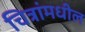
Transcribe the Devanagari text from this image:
चित्रांमधील